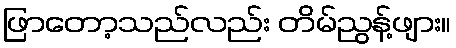
ဖြာတော့သည်လည်း တိမ်ညွန့်ဖျား။